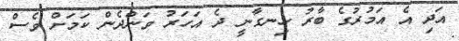
އަދި އެ އަމުރުގެ ބާރު ހިނގާނީ ދެ އަހަރު ވަންދެން ކަމަށް ވެސް